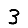
Digit: 3